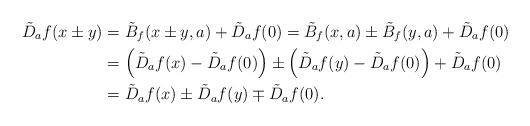
LaTeX: \begin{align*}\tilde{D}_{a}f(x \pm y) &= \tilde{B}_{f}(x \pm y,a)+\tilde{D}_{a}f(0) = \tilde{B}_{f}(x,a) \pm \tilde{B}_{f}(y,a) + \tilde{D}_{a}f(0) \\&= \left(\tilde{D}_{a}f(x) - \tilde{D}_{a}f(0)\right)\pm \left(\tilde{D}_{a}f(y) - \tilde{D}_{a}f(0)\right)+ \tilde{D}_{a}f(0) \\&= \tilde{D}_a f (x) \pm \tilde{D}_a f (y) \mp \tilde{D}_a f (0). \end{align*}